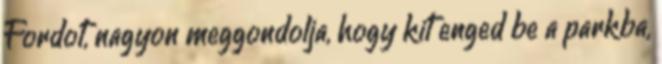
Fordot, nagyon meggondolja, hogy kit enged be a parkba,